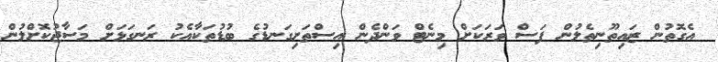
އެގޮތުން ޒައިތޫނިތެލުން ފަސް ވަރަކަށް މިނެޓް ވަންދެން އިސްތަށިގަނޑުގެ ބުޑުތަކާއެކު ރަނގަޅަށް މަސާޖުކޮށްލުން